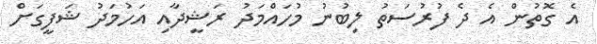
އެ ގޮތުން އެ ދެ ފުރުސަތު ލިބުނު މުހައްމަދު ރަޝީދާއި އަހުމަދު ޝަފީގަށް